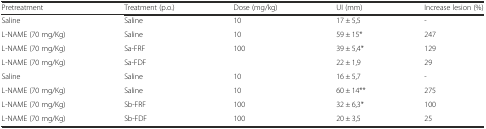
<table><thead><tr><td><b>Pretreatment</b></td><td><b>Treatment (p.o.)</b></td><td><b>Dose (mg/kg)</b></td><td><b>UI (mm)</b></td><td><b>Increase lesion (%)</b></td></tr></thead><tbody><tr><td>Saline</td><td>Saline</td><td>10</td><td>17 ± 5,5</td><td>-</td></tr><tr><td>L-NAME (70 mg/Kg)</td><td>Saline</td><td>10</td><td>59 ± 15*</td><td>247</td></tr><tr><td>L-NAME (70 mg/Kg)</td><td>Sa-FRF</td><td>100</td><td>39 ± 5,4*</td><td>129</td></tr><tr><td>L-NAME (70 mg/Kg)</td><td>Sa-FDF</td><td></td><td>22 ± 1,9</td><td>29</td></tr><tr><td>Saline</td><td>Saline</td><td>10</td><td>16 ± 5,7</td><td>-</td></tr><tr><td>L-NAME (70 mg/Kg)</td><td>Saline</td><td>10</td><td>60 ± 14**</td><td>275</td></tr><tr><td>L-NAME (70 mg/Kg)</td><td>Sb-FRF</td><td>100</td><td>32 ± 6,3*</td><td>100</td></tr><tr><td>L-NAME (70 mg/Kg)</td><td>Sb-FDF</td><td>100</td><td>20 ± 3,5</td><td>25</td></tr></tbody></table>